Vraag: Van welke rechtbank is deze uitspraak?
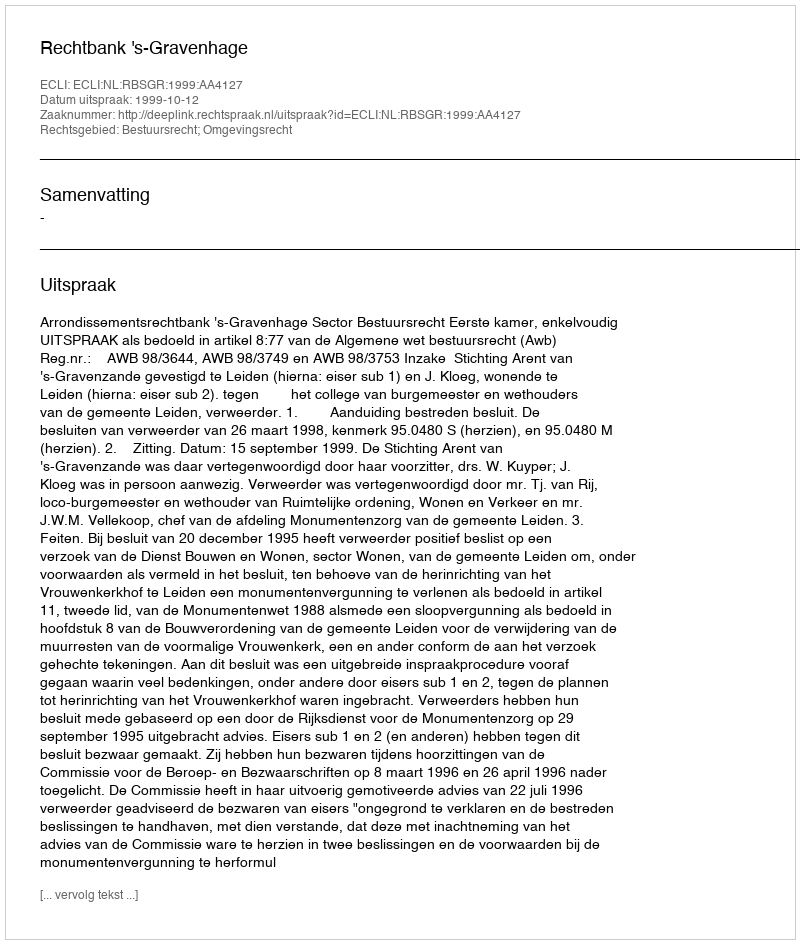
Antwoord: Rechtbank 's-Gravenhage